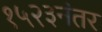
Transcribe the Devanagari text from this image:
१५२३नंतर